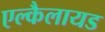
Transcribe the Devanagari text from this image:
एल्कैलायड